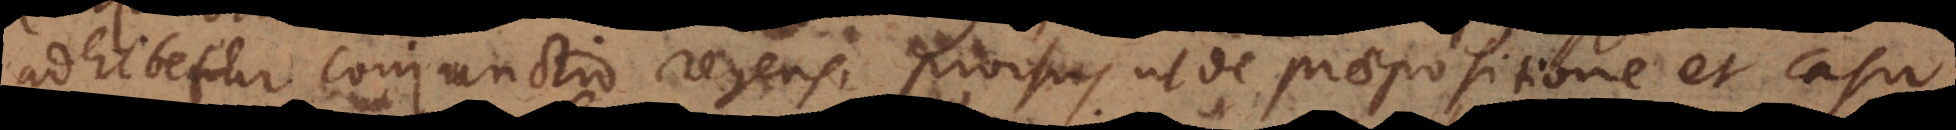
adhibetur conjunctio regens, prorsus ut de praepositione et casu